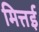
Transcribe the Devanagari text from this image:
मित्तई